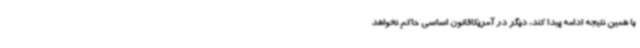
با همین نتیجه ادامه پیدا کند، دیگر در آمریکاقانون اساسی حاکم نخواهد